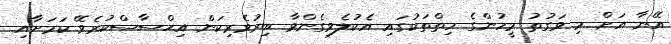
އޭނާ އަށް މި ވަގުތު މީހުންގެ ހިތްތަކުގައި އެކުލެވިގެންވާ ބިރުވެރިކަން އިޙްސާސްކުރެވޭ ކަމަށާއި